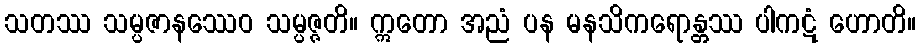
သတဿ သမ္ပဇာနဿေဝ သမ္ပဇ္ဇတိ။ ဣတော အညံ ပန မနသိကရောန္တဿ ပါကဋံ ဟောတိ။